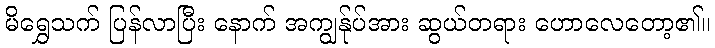
မိရွှေသက် ပြန်လာပြီး နောက် အကျွန်ုပ်အား ဆွယ်တရား ဟောလေတော့၏။